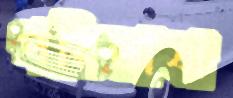
পরিভাষা